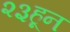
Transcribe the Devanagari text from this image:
२३हून